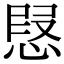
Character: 𢝅